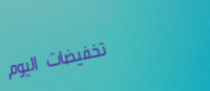
تخفيضات اليوم